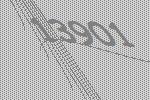
13901